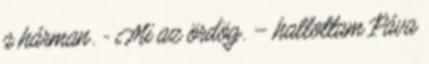
a hárman. - Mi az ördög. – hallottam Páva